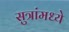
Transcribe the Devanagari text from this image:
सुत्रांमध्ये